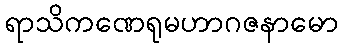
ရာသိကဏေရုမဟာဂဇနာမော